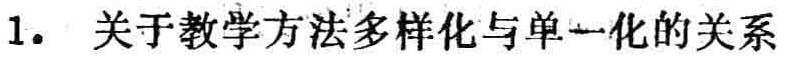
1. 关于教学方法多样化与单一化的关系